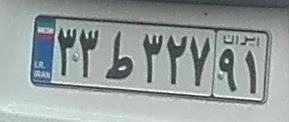
۳۳ط۳۲۷۹۱